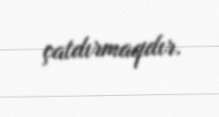
çatdırmaqdır.